Report on the bubonic plague in Bombay, 1896-1897
Year: 1896
Disease focus: Plague
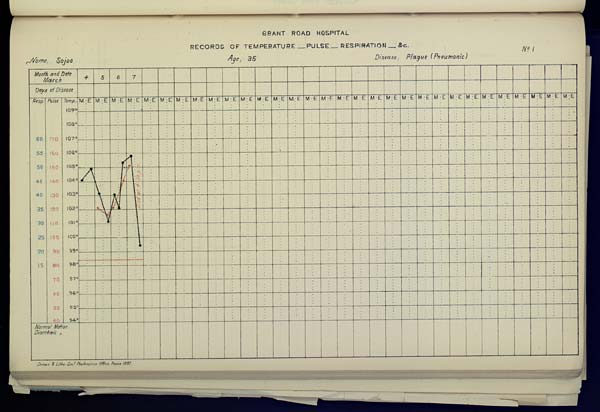
GRANT ROAD HOSPITAL
RECORDS OF TEMPERATURE __ PULSE __ RESPIRATION __ &c.
No. 1
Name, Sajoo Age, 35 Disease, Plague (Pneumonic)
Drawn & Litho Govt. Photozinco, Office, Poona 1897.